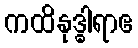
ကထိနုဒ္ဓါရာဧ